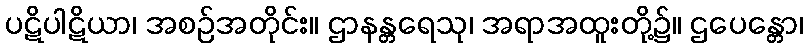
ပဋိပါဋိယာ၊ အစဉ်အတိုင်း။ ဌာနန္တရေသု၊ အရာအထူးတို့၌။ ဌပေန္တော၊